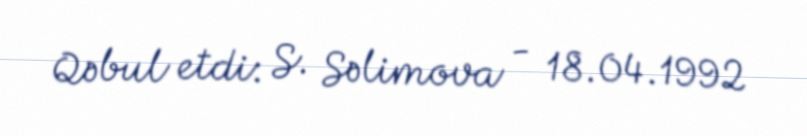
Qəbul etdi: S. Səlimova - 18.04.1992